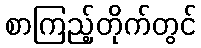
စာကြည့်တိုက်တွင်